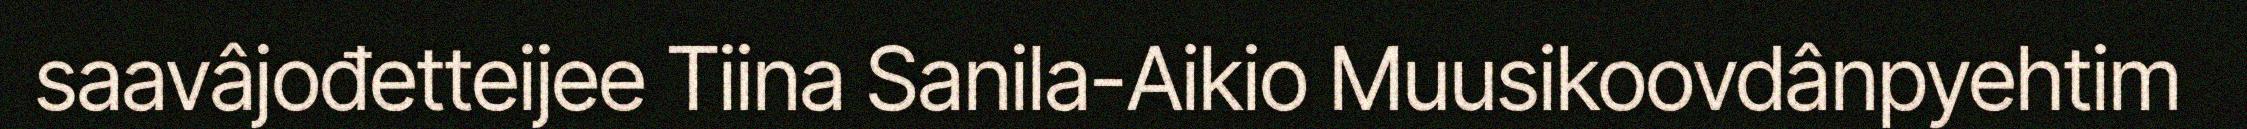
saavâjođetteijee Tiina Sanila-Aikio Muusikoovdânpyehtim